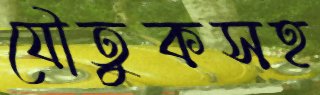
যৌতুকসহ